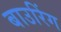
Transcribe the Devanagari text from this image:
बाउरिंग